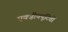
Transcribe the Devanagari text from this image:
एक्ज़ीक्यूटिवों